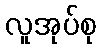
လူအုပ်စု